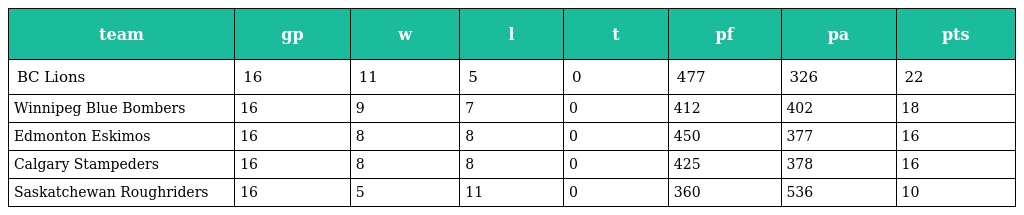
| team | gp | w | l | t | pf | pa | pts |
 | --- | --- | --- | --- | --- | --- | --- | --- |
 | BC Lions | 16 | 11 | 5 | 0 | 477 | 326 | 22 |
 | Winnipeg Blue Bombers | 16 | 9 | 7 | 0 | 412 | 402 | 18 |
 | Edmonton Eskimos | 16 | 8 | 8 | 0 | 450 | 377 | 16 |
 | Calgary Stampeders | 16 | 8 | 8 | 0 | 425 | 378 | 16 |
 | Saskatchewan Roughriders | 16 | 5 | 11 | 0 | 360 | 536 | 10 |